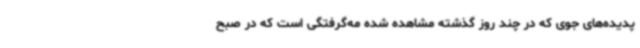
پدیده‌های جوی که در چند روز گذشته مشاهده شده مه‌گرفتگی است که در صبح